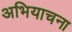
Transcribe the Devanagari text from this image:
अभियाचना